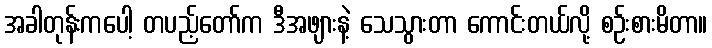
အခါတုန်းကပေါ့ တပည့်တော်က ဒီအဖျားနဲ့ သေသွားတာ ကောင်းတယ်လို့ စဉ်းစားမိတာ။